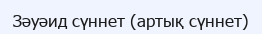
Зәуәид сүннет (артық сүннет)